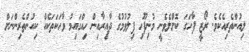
ލިއުންތެރިއެކެވެ. ރޯޒީ ފާހަގަ ކޮށްލެވެނީ މުނިފޫހި ފިލުވުމުގެ ދާއިރާއިން ހިއްގައިމު ވާހަކަތަކެއް ކިއުންތެރިންނަށް